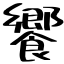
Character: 饗